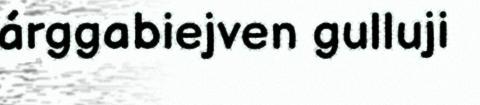
árggabiejven gulluji